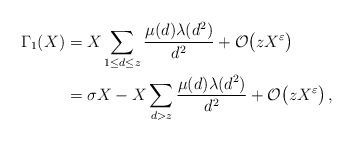
LaTeX: \begin{align*}\Gamma_1(X)&=X\sum\limits_{1\leq d\leq z}\frac{\mu(d)\lambda(d^2)}{d^2}+\mathcal{O}\big(zX^\varepsilon \big)\\&=\sigma X-X \sum\limits_{d>z}\frac{\mu(d)\lambda(d^2)}{d^2}+\mathcal{O}\big(zX^\varepsilon\big)\,,\end{align*}